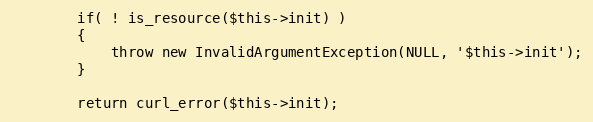
Language: PHP
        if( ! is_resource($this->init) )
        {
            throw new InvalidArgumentException(NULL, '$this->init');
        }

        return curl_error($this->init);